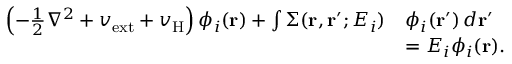
\begin{array} { r l } { \left( - \frac { 1 } { 2 } \nabla ^ { 2 } + v _ { \mathrm { e x t } } + v _ { \mathrm { H } } \right) \phi _ { i } ( \mathbf { r } ) + \int \Sigma ( \mathbf { r } , \mathbf { r } ^ { \prime } ; E _ { i } ) } & { \phi _ { i } ( \mathbf { r } ^ { \prime } ) \, d \mathbf { r } ^ { \prime } } \\ & { = E _ { i } \phi _ { i } ( \mathbf { r } ) . } \end{array}